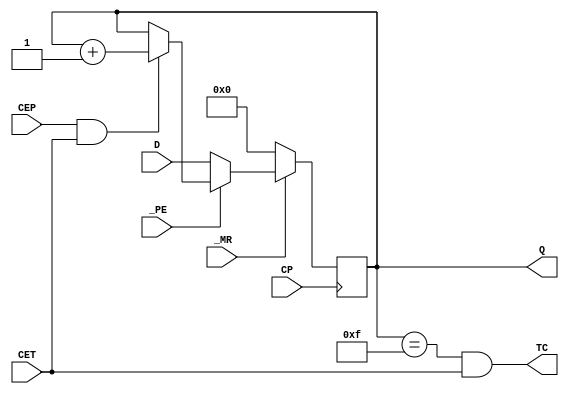
// License: Mozilla Public License : Version 2.0
`ifndef  V_74163
`define  V_74163

// counts on the +ve edge
// low at PE disables counting and enables par load on next +ve clock
// low on MR sets counter to 0 on next +ve clock - overrides all other controls

// Hate the TI docs, so changed naming to... https://assets.nexperia.com/documents/data-sheet/74HC_HCT163.pdf
// 4 bit fully synchronous binary counter, parallel loadable
// HCT timings
`timescale 1ns/1ns

module hct74163
(
  input CP,       // clock
  input _MR,      // master reset
  input CEP,       // count enable input
  input CET,       // count enable carry input
  input _PE,        // parallel enable
  input [3:0] D,   // 4-bit parallel input

  output [3:0] Q,  // Parallel outputs
  output TC         // terminal count output
);

parameter NAME="74163";

// Timing from HCT https://assets.nexperia.com/documents/data-sheet/74HC_HCT163.pdf
specify
  (CP *> Q) = (20);
  (CP *> TC) = (25);
  (CET *> TC) = (14);
endspecify

reg [3:0] count;

if (0) always @* begin
    $display(
        "%9t ", $time,
        "%s   ", NAME,
        " CP=%1b", CP,
        " _MR=%1b", _MR,
        " Q=%4b", Q,
        "       %m" 
    );
end

always @(posedge CP)
begin
  if (~_MR)
  begin
    count <= 4'b0000;
  end
  else if (~_PE)
  begin
    count <= D;
  end
  else if (CEP & CET)
  begin
    count <= count + 1;
  end
end

assign #20 Q = count;
assign #25 TC = (count == 4'b1111) & CET;

// set a default "random" but recognizable value
initial begin
    count=4'bxxxx;
end


endmodule

`endif